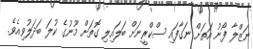
ނަޒްލާ ފޯނު އަތަށް ނަގާފައި ސްކްރީނަށް ބަލައިލި ގޮތަށް މޫނުގެ ކުލަ ބަދަލުވިއެވެ.